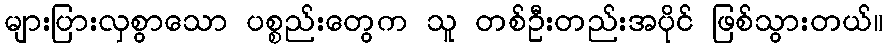
များပြားလှစွာသော ပစ္စည်းတွေက သူ တစ်ဦးတည်းအပိုင် ဖြစ်သွားတယ်။